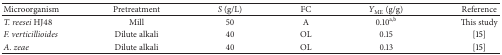
<table><thead><tr><td><b>Microorganism</b></td><td><b>Pretreatment</b></td><td><b><i>S</i> (g/L)</b></td><td><b>FC</b></td><td><b><i>Y</i><sub>ME</sub> (g/g)</b></td><td><b>Reference</b></td></tr></thead><tbody><tr><td><i>T. reesei</i> HJ48</td><td>Mill</td><td>50</td><td>A</td><td>0.10<sup>a,b</sup></td><td>This study</td></tr><tr><td><i>F. verticillioides </i></td><td>Dilute alkali</td><td>40</td><td>OL</td><td>0.15</td><td> [15]</td></tr><tr><td><i>A. zeae </i></td><td>Dilute alkali</td><td>40</td><td>OL</td><td>0.13</td><td> [15]</td></tr></tbody></table>